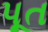
પૂત